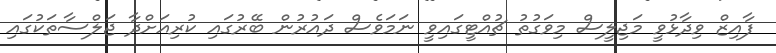
ފާއިޒް ވިދާޅުވީ މަޖިލީސް މިވަގުތު ޗުއްޓީގައިވީ ނަމަވެސް ދައުރުން ބޭރުގައި ކުރިއަށްދާ ޖަލްސާތަކުގައި